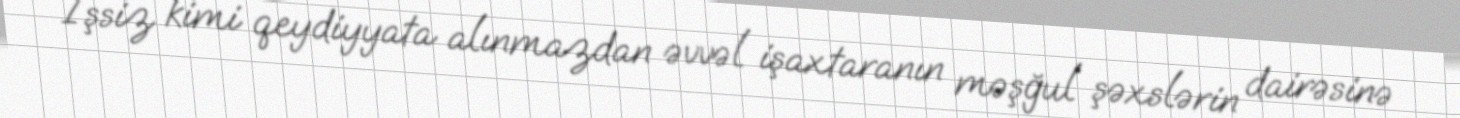
İşsiz kimi qeydiyyata alınmazdan əvvəl işaxtaranın məşğul şəxslərin dairəsinə